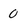
Character: 0